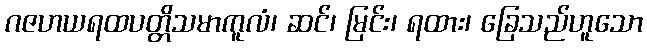
ဂဇဟယရထပတ္တိသမာကူလံ၊ ဆင်၊ မြင်း၊ ရထား၊ ခြေသည်ဟူသော